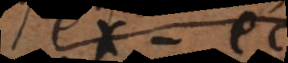
ex − ec